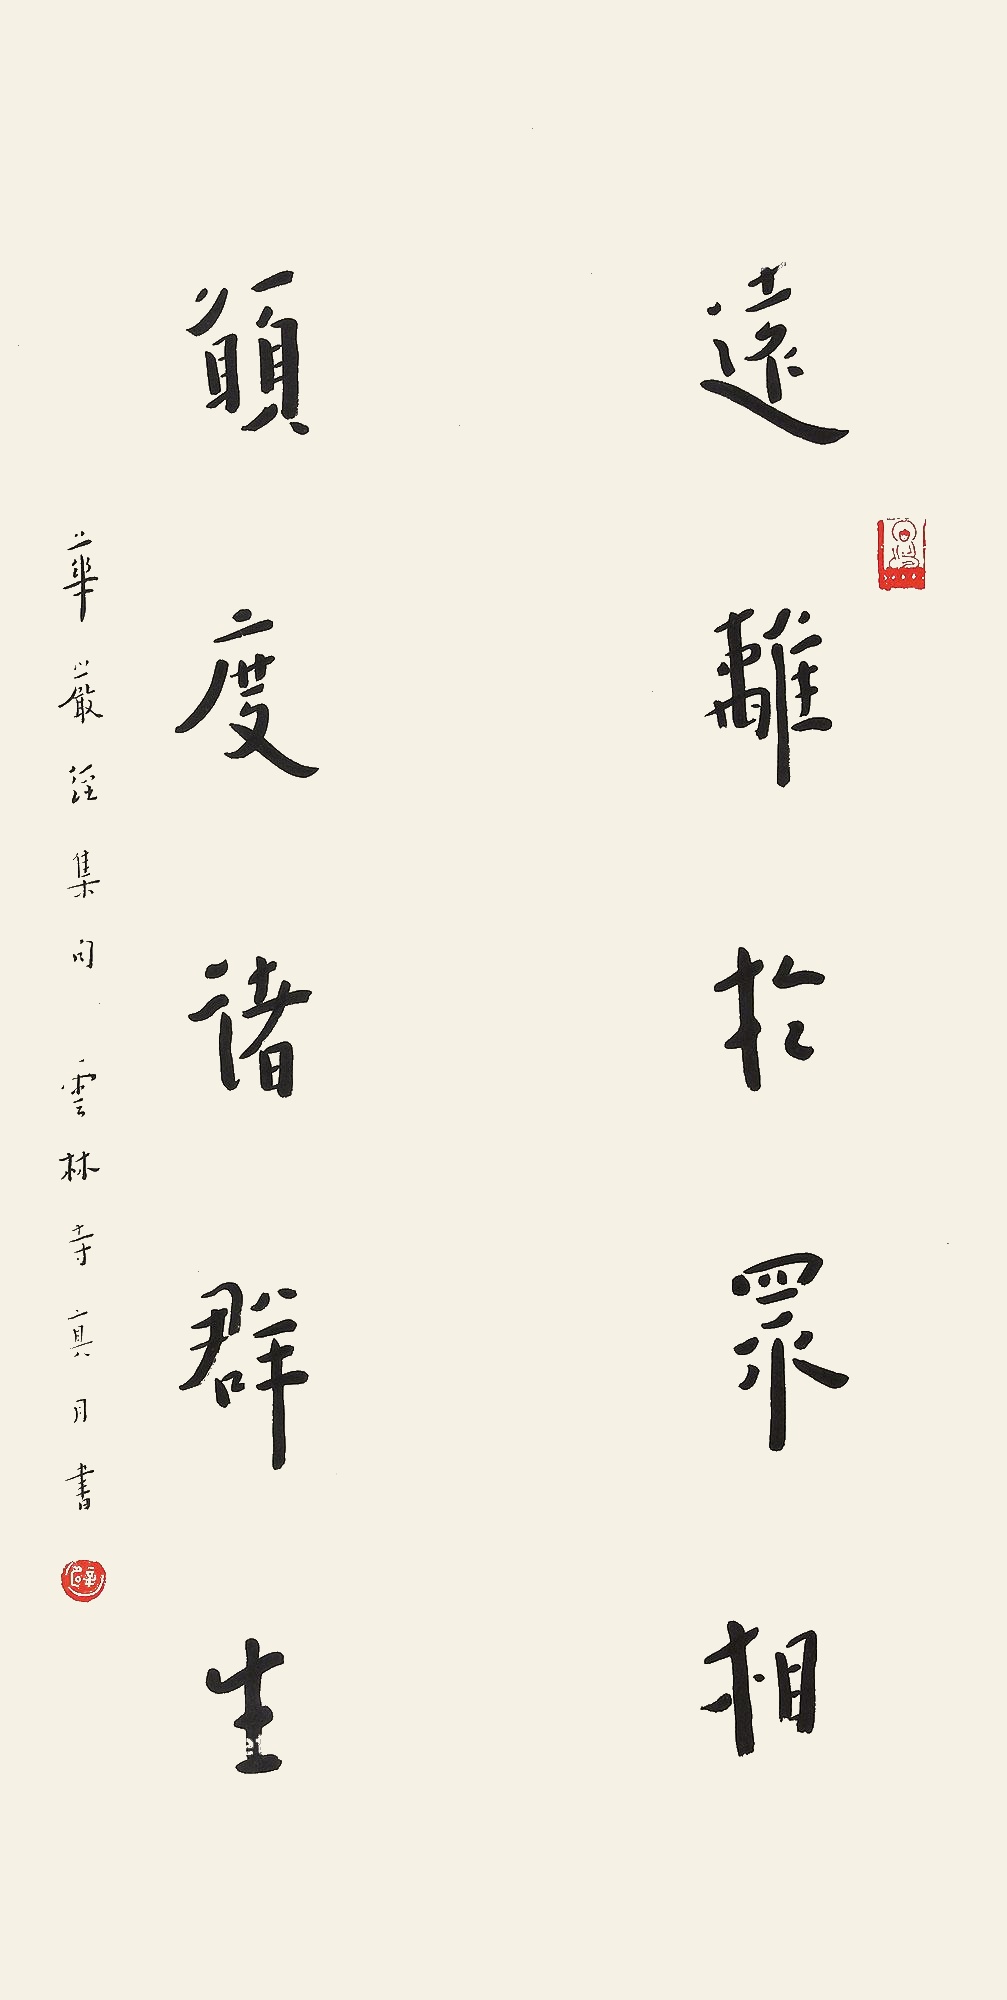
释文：远离于众相，愿度诸群生华严经集句，云林寺真月书。